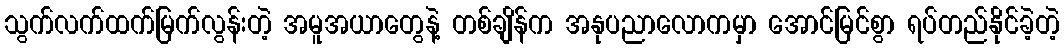
သွက်လက်ထက်မြက်လွန်းတဲ့ အမူအယာတွေနဲ့ တစ်ချိန်က အနုပညာလောကမှာ အောင်မြင်စွာ ရပ်တည်နိုင်ခဲ့တဲ့